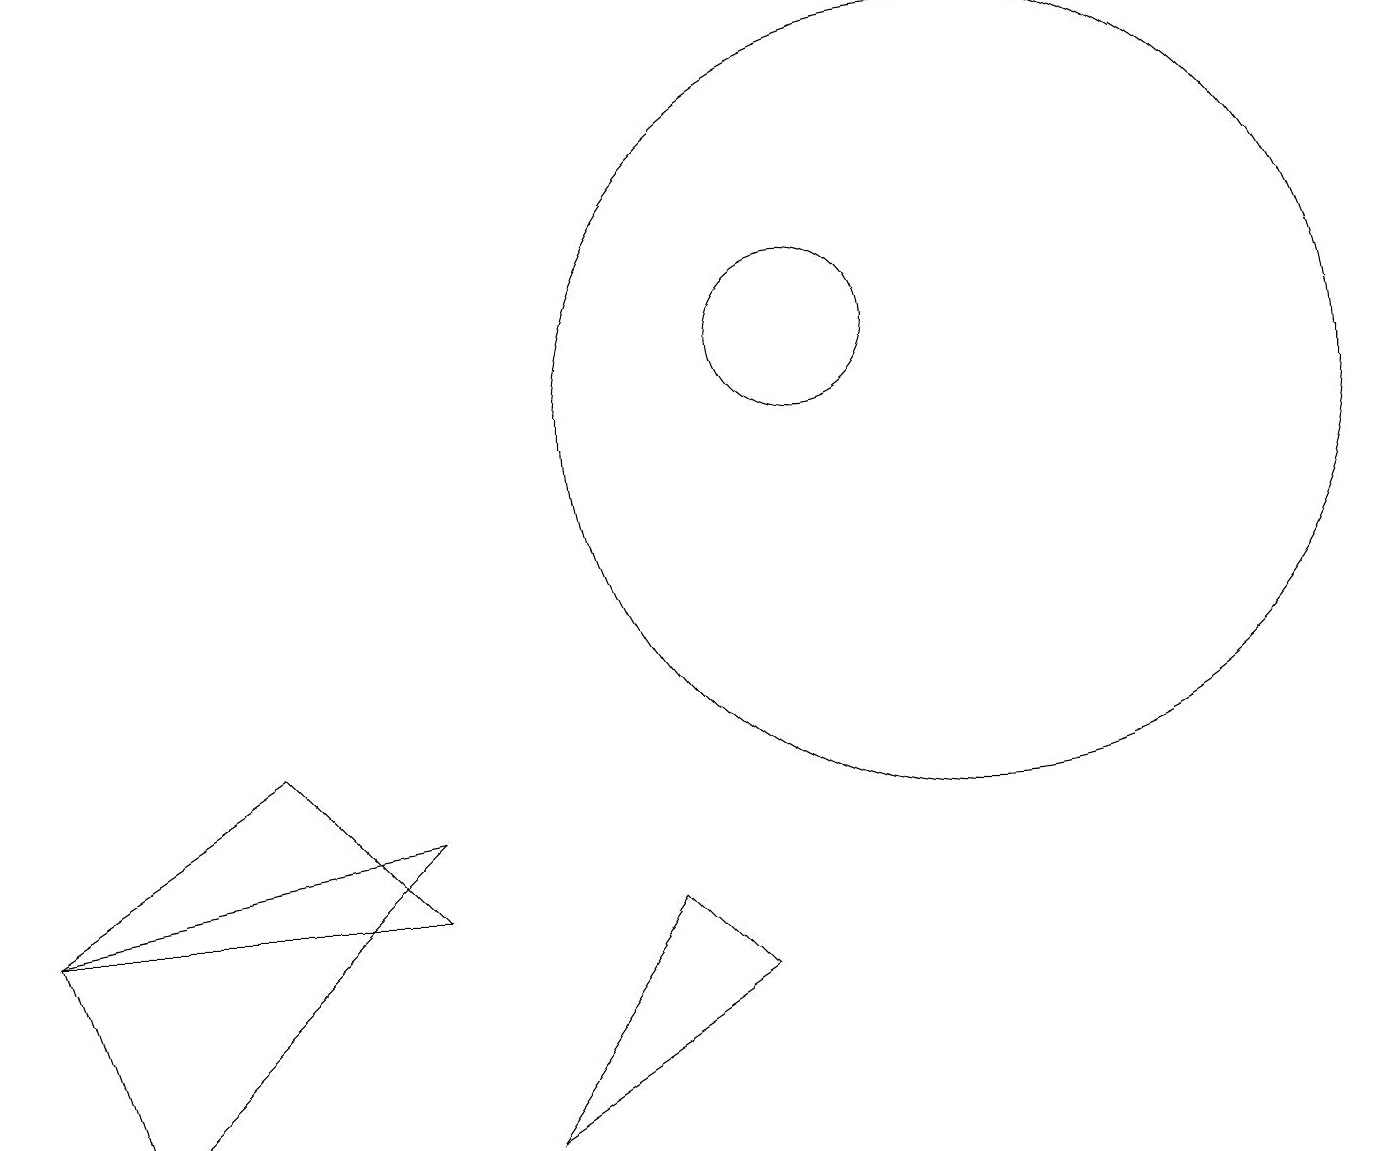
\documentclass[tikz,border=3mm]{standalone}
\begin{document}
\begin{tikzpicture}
\draw (5,4) -- (0,4) -- (3,6) -- cycle;
\draw (10,11) circle (1);
\draw (10,10) circle (0);
\draw (0,4) -- (5,5) -- (1,1) -- cycle;
\draw (12,10) circle (5);
\draw (8,4) -- (9,3) -- (6,1) -- cycle;
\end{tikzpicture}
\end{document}